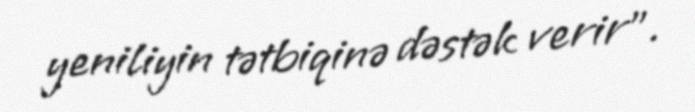
yeniliyin tətbiqinə dəstək verir”.